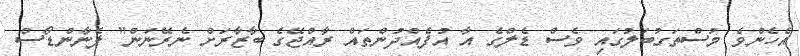
އެހެންވެ މުސްތަގުބަލުގައި ވެސް ޑެލްގެ އާ އުފެއްދުންތައް ރާއްޖޭގެ ބާޒާރަށް ނެރޭނަން" ފެނާންޑޯސް